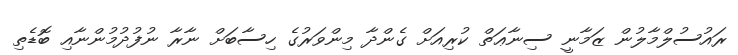
ރައުސުލްމާލުން ޒަމާނީ ސިނާޢަތް ކުރިއަށް ގެންދާ މިންވަރުގެ ހިސާބަށް ނާރާ ނުފުދުމުންނާއި ބޮޑެތި